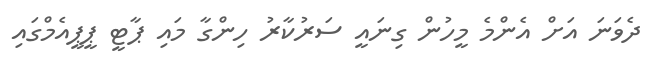
ދެވަނަ އަށް އެންމެ މީހުން ގިނައީ ސަރުކާރު ހިންގާ މައި ޕާޓީ ޕީޕީއެމްގައި